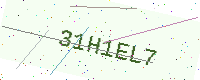
Text: 31H1EL7